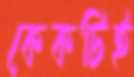
কেকটিই